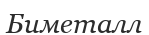
Биметалл